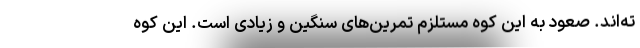
ته‌اند. صعود به این کوه مستلزم تمرین‌های سنگین و زیادی است. این کوه